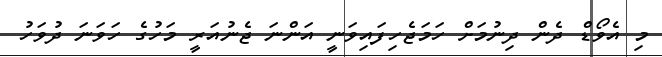
މި އެވޯޑް ދެން ދިނުމަށް ހަމަޖެހިފައިވަނީ އަންނަ ޖެނުއަރީ މަހުގެ ހަވަނަ ދުވަހު